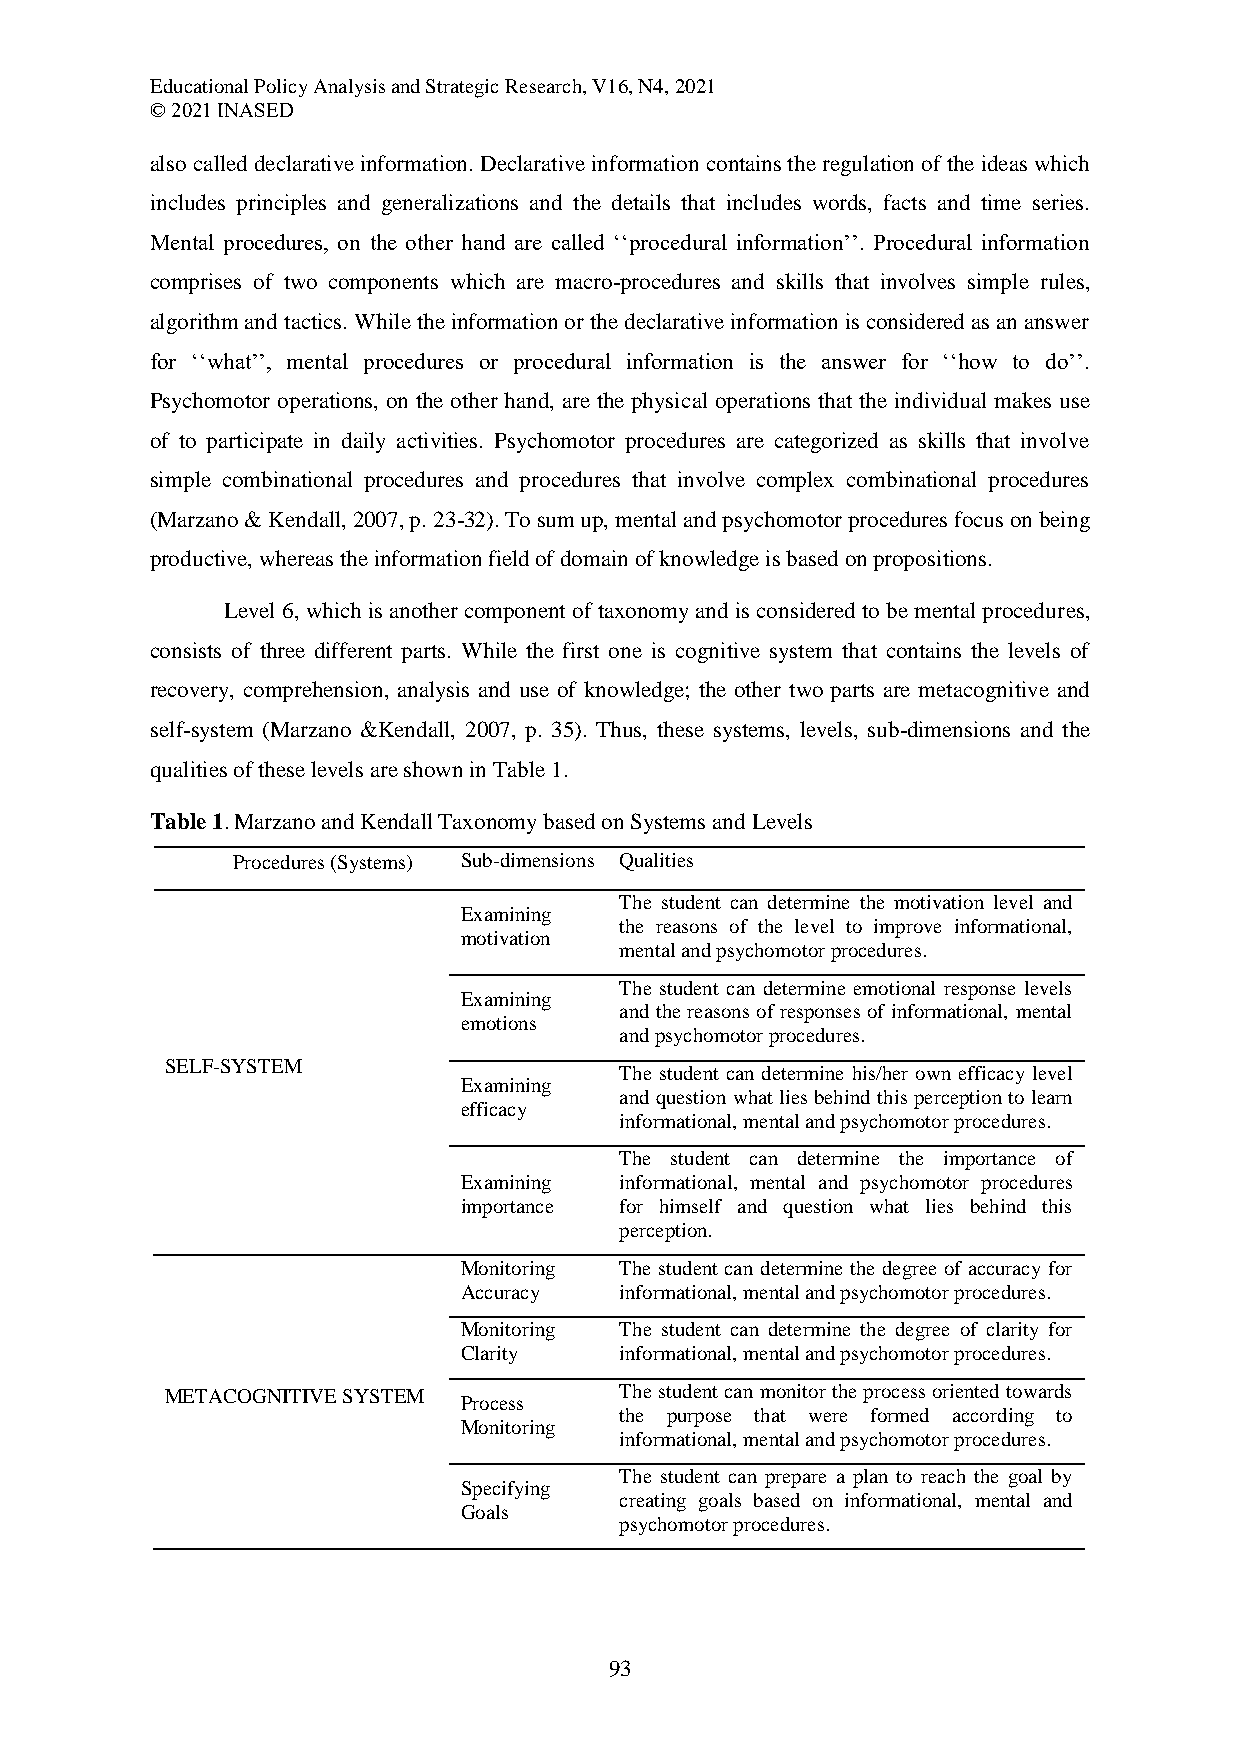
Educational Policy Analysis and Strategic Research, V16, N4, 2021
 © 2021 INASED
 also called declarative information. Declarative information contains the regulation of the ideas which
 includes principles and generalizations and the details that includes words, facts and time series.
 Mental procedures, on the other hand are called ‘‘procedural information’’. Procedural information
 comprises of two components which are macro-procedures and skills that involves simple rules,
 algorithm and tactics. While the information or the declarative information is considered as an answer
 for ‘‘what’’, mental procedures or procedural information is the answer for ‘‘how to do’’.
 Psychomotor operations, on the other hand, are the physical operations that the individual makes use
 of to participate in daily activities. Psychomotor procedures are categorized as skills that involve
 simple combinational procedures and procedures that involve complex combinational procedures
 (Marzano & Kendall, 2007, p. 23-32). To sum up, mental and psychomotor procedures focus on being
 productive, whereas the information field of domain of knowledge is based on propositions.
 Level 6, which is another component of taxonomy and is considered to be mental procedures,
 consists of three different parts. While the first one is cognitive system that contains the levels of
 recovery, comprehension, analysis and use of knowledge; the other two parts are metacognitive and
 self-system (Marzano &Kendall, 2007, p. 35). Thus, these systems, levels, sub-dimensions and the
 qualities of these levels are shown in Table 1.
 Table 1. Marzano and Kendall Taxonomy based on Systems and Levels
 Procedures (Systems) Sub-dimensions Qualities
 The student can determine the motivation level and
 Examining
 the reasons of the level to improve informational,
 motivation
 mental and psychomotor procedures.
 The student can determine emotional response levels
 Examining
 and the reasons of responses of informational, mental
 emotions
 and psychomotor procedures.
 SELF-SYSTEM
 The student can determine his/her own efficacy level
 Examining
 and question what lies behind this perception to learn
 efficacy
 informational, mental and psychomotor procedures.
 The student can determine the importance of
 Examining  informational, mental and psychomotor procedures
 importance for himself and question what lies behind this
 perception.
 Monitoring The student can determine the degree of accuracy for
 Accuracy   informational, mental and psychomotor procedures.
 Monitoring The student can determine the degree of clarity for
 Clarity    informational, mental and psychomotor procedures.
 METACOGNITIVE SYSTEM          The student can monitor the process oriented towards
 Process
 the purpose that were formed according to
 Monitoring
 informational, mental and psychomotor procedures.
 The student can prepare a plan to reach the goal by
 Specifying
 creating goals based on informational, mental and
 Goals
 psychomotor procedures.
 93